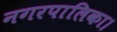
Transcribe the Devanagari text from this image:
नगरपालिका।